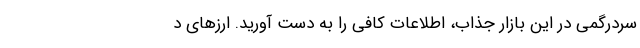
سردرگمی در این بازار جذاب، اطلاعات کافی را به دست آورید. ارزهای د